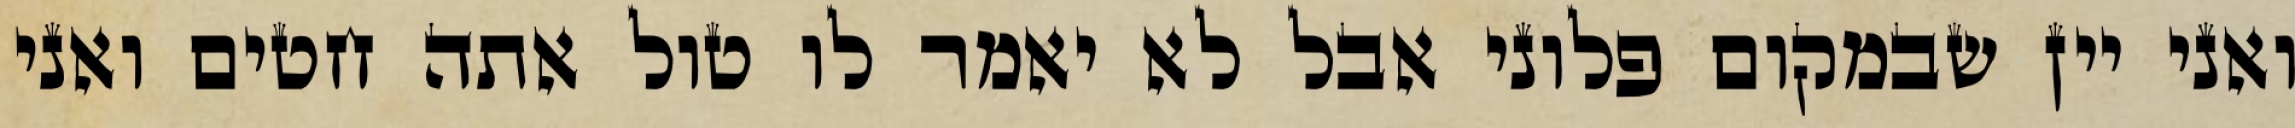
ואני יין שבמקום פלוני אבל לא יאמר לו טול אתה חטים ואני